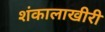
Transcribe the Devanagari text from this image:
शंकालाखीरी